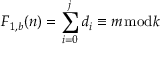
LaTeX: F _ { 1 , b } ( n ) = \sum _ { i = 0 } ^ { j } d _ { i } \equiv m { \bmod { k } }